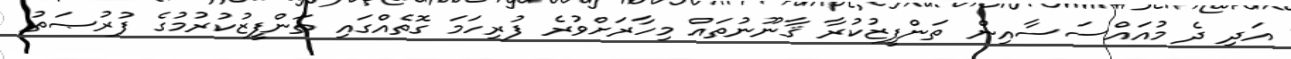
އަދި ދެ މުއައްސަސާއިން ތަންފީޒުކުރާ ޤާނޫނުތައް މިހާރަށްވުރެ ފުރިހަމަ ގޮތެއްގައި ތަންފީޒުކުރުމުގެ ފުރުޞަތު